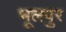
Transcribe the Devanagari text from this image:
भूलपुर